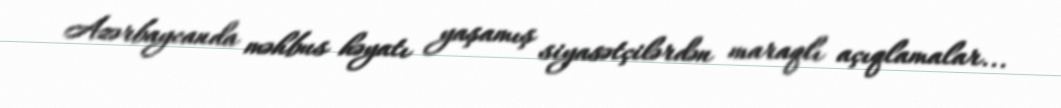
Azərbaycanda məhbus həyatı yaşamış siyasətçilərdən maraqlı açıqlamalar...